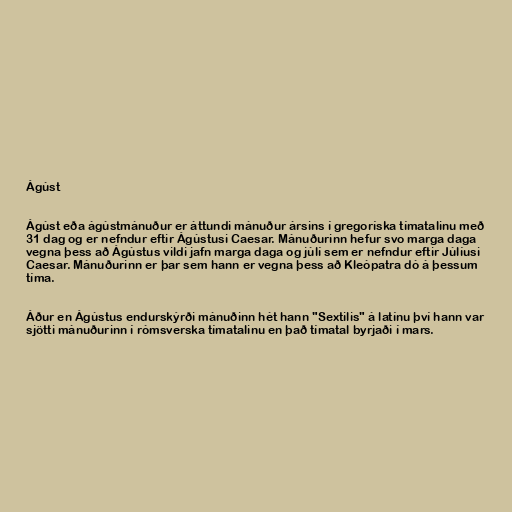
Ágúst

Ágúst eða ágústmánuður er áttundi mánuður ársins í gregoríska tímatalinu með
31 dag og er nefndur eftir Ágústusi Caesar. Mánuðurinn hefur svo marga daga
vegna þess að Ágústus vildi jafn marga daga og júlí sem er nefndur eftir Júlíusi
Caesar. Mánuðurinn er þar sem hann er vegna þess að Kleópatra dó á þessum
tíma.

Áður en Ágústus endurskýrði mánuðinn hét hann "Sextilis" á latínu því hann var
sjötti mánuðurinn í rómsverska tímatalinu en það tímatal byrjaði í mars.